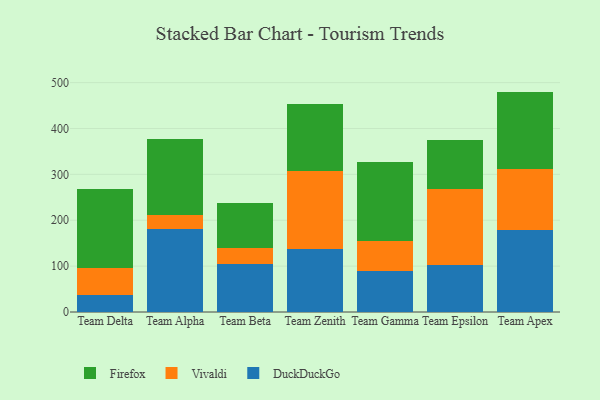
{"axis": {"x": "Team", "y": "Temperature (°C)"}, "legend": ["DuckDuckGo", "Firefox", "Vivaldi"], "data": [{"x": "Team Delta", "y": 37.8, "type": "DuckDuckGo"}, {"x": "Team Delta", "y": 57.9, "type": "Vivaldi"}, {"x": "Team Delta", "y": 172.9, "type": "Firefox"}, {"x": "Team Alpha", "y": 180.0, "type": "DuckDuckGo"}, {"x": "Team Alpha", "y": 30.7, "type": "Vivaldi"}, {"x": "Team Alpha", "y": 165.9, "type": "Firefox"}, {"x": "Team Beta", "y": 104.2, "type": "DuckDuckGo"}, {"x": "Team Beta", "y": 36.0, "type": "Vivaldi"}, {"x": "Team Beta", "y": 96.9, "type": "Firefox"}, {"x": "Team Zenith", "y": 137.6, "type": "DuckDuckGo"}, {"x": "Team Zenith", "y": 168.8, "type": "Vivaldi"}, {"x": "Team Zenith", "y": 148.0, "type": "Firefox"}, {"x": "Team Gamma", "y": 88.4, "type": "DuckDuckGo"}, {"x": "Team Gamma", "y": 66.4, "type": "Vivaldi"}, {"x": "Team Gamma", "y": 171.9, "type": "Firefox"}, {"x": "Team Epsilon", "y": 103.1, "type": "DuckDuckGo"}, {"x": "Team Epsilon", "y": 165.0, "type": "Vivaldi"}, {"x": "Team Epsilon", "y": 107.4, "type": "Firefox"}, {"x": "Team Apex", "y": 179.7, "type": "DuckDuckGo"}, {"x": "Team Apex", "y": 132.3, "type": "Vivaldi"}, {"x": "Team Apex", "y": 168.4, "type": "Firefox"}]}